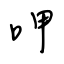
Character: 呷